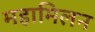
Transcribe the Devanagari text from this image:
महामिलन